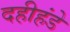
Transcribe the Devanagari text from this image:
दहीहंडे